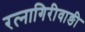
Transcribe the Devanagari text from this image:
रत्‍नागिरीवाङी